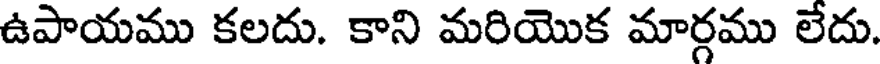
ఉపాయము కలదు. కాని మరియొక మార్గము లేదు.